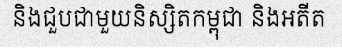
និងជួបជាមួយនិស្សិតកម្ពុជា និងអតីត